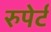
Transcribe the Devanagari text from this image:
रुपेर्ट